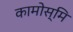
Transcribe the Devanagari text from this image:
कामोस्मि